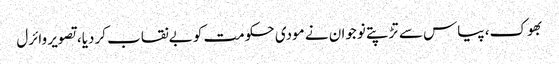
بھوک، پیاس سے تڑپتے نوجوان نے مودی حکومت کو بےنقاب کردیا، تصویر وائرل